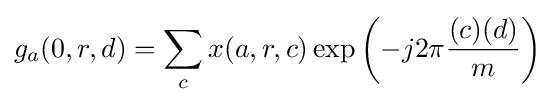
g_{a}(0,r,d)=\sum _{c}x(a,r,c)\exp \left(-j2\pi {\frac {(c)(d)}{m}}\right)